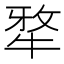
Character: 𭷥